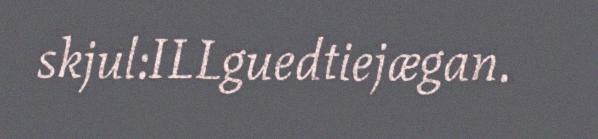
skjul:ILLguedtiejægan.